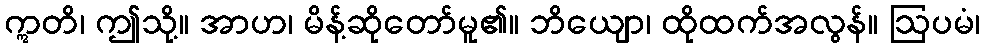
ဣတိ၊ ဤသို့။ အာဟ၊ မိန့်ဆိုတော်မူ၏။ ဘိယျော၊ ထိုထက်အလွန်။ ဩပမံ၊